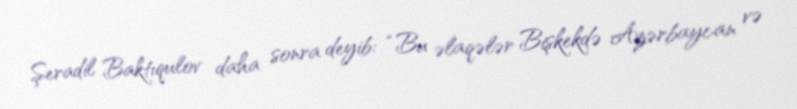
Şeradil Baktıqulov daha sonra deyib: “Bu əlaqələr Bişkekdə Azərbaycan və